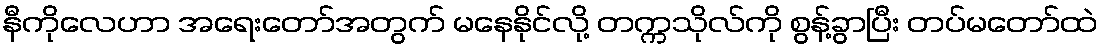
နီကိုလေဟာ အရေးတော်အတွက် မနေနိုင်လို့ တက္ကသိုလ်ကို စွန့်ခွာပြီး တပ်မတော်ထဲ